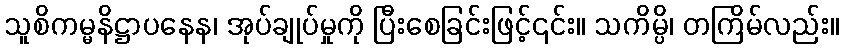
သူစိကမ္မနိဋ္ဌာပနေန၊ အုပ်ချုပ်မှုကို ပြီးစေခြင်းဖြင့်၎င်း။ သကိမ္ပိ၊ တကြိမ်လည်း။